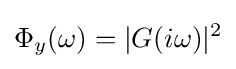
\Phi _{y}(\omega )=|G(i\omega )|^{2}